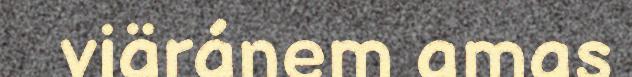
viäránem amas